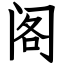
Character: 阁